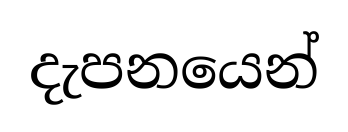
දැපනයෙන්